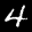
Label: 4